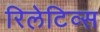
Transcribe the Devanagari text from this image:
रिलेटिव्स